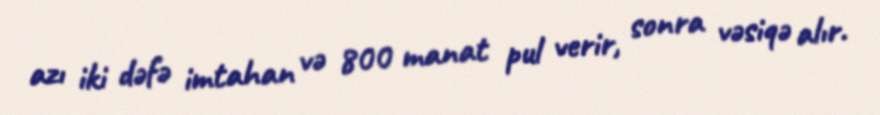
azı iki dəfə imtahan və 800 manat pul verir, sonra vəsiqə alır.